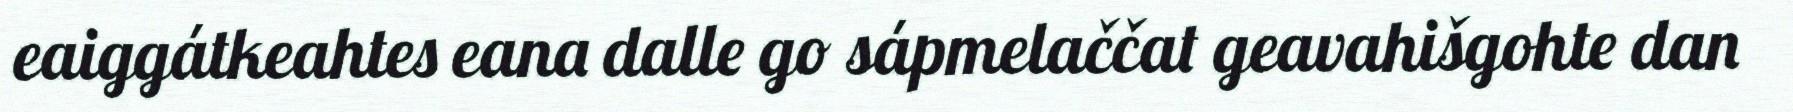
eaiggátkeahtes eana dalle go sápmelaččat geavahišgohte dan